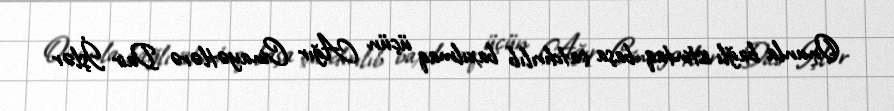
Onunla bağlı istintaq başa çatdırılıb baxılmaq üçün Ağır Cinayətlərə Dair İşlər